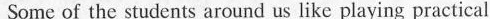
Some of the students around us like playing practical